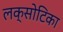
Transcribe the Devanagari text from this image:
लक्सोटिका